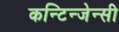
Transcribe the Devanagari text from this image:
कन्टिन्जेन्सी